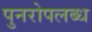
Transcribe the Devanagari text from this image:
पुनरोपलब्ध